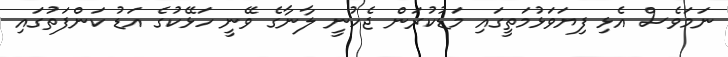
ނަމަވެސް އެޅި ފިޔަވަޅުމަތީގައި މަޑުކުރަން ޖެހުނީ ލާނާގެ ވޭނީ ހަޅޭކުގެ އަޑު ކަންފަތުގައި